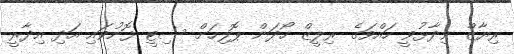
ރިޔާޒް ވިދާޅުވީ ހައްވަގެ ރިލީޒް ހޯދަން ޕޮލިހަށް ސިޓީ ފޮނުވައި އަދި އިދާރީ